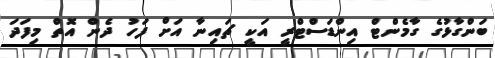
ބަންގާޅުގެ ގާމެންޓް އިންޑަސްޓްރީ އަކީ ޗައިނާ އަށް ފަހު ދެން އޮތް މިފަދަ